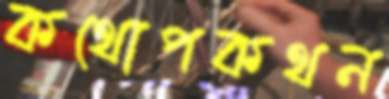
কথোপকথন